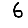
Digit: 6